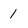
Character: 1